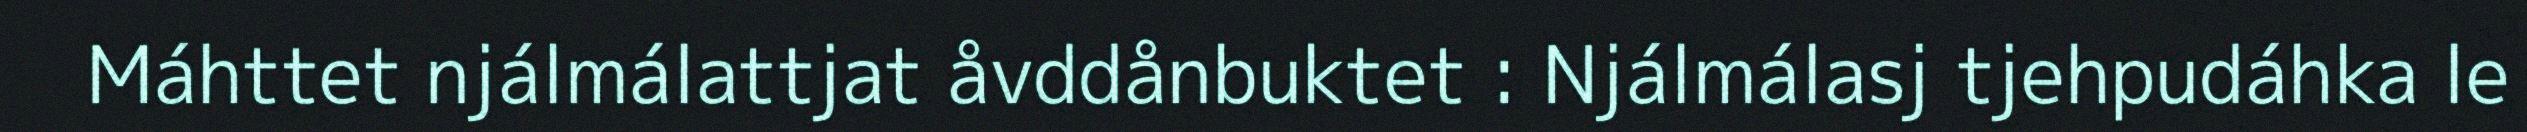
Máhttet njálmálattjat åvddånbuktet : Njálmálasj tjehpudáhka le